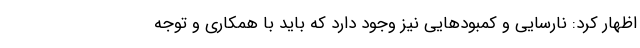
اظهار کرد: نارسایی و کمبودهایی نیز وجود دارد که باید با همکاری و توجه